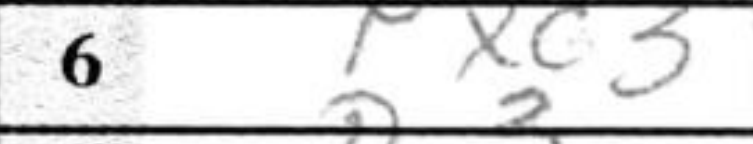
Transcription: Pxc3